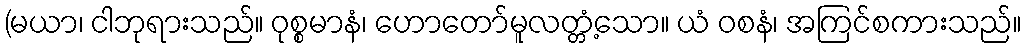
(မယာ၊ ငါဘုရားသည်။ ဝုစ္စမာနံ၊ ဟောတော်မူလတ္တံ့သော။ ယံ ဝစနံ၊ အကြင်စကားသည်။